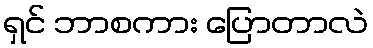
ရှင် ဘာစကား ပြောတာလဲ